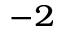
^ { - 2 }